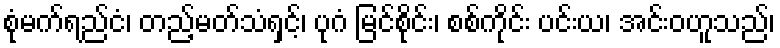
စုံမက်ရည်ငံ၊ တည့်မတ်သံရှင့်၊ ပုဂံ မြင်စိုင်း၊ စစ်ကိုင်း ပင်းယ၊ အင်းဝဟူသည်၊